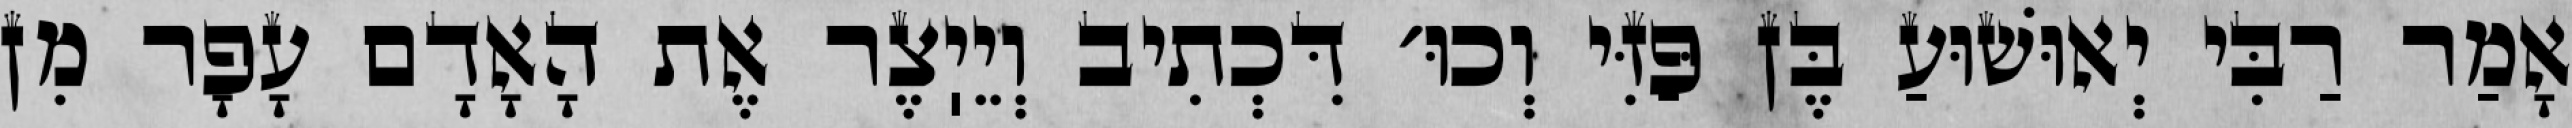
אָמַר רַבִּי יְאוּשׁוּעַ בֶּן פַּזִּי וְכוּ׳ דִּכְתִיב וְיֵיֽצֶר אֶת הָאָדָם עָפָר מִן